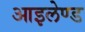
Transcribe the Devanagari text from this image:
आइलेण्ड